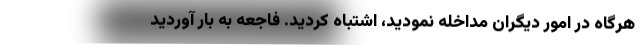
هرگاه در امور دیگران مداخله نمودید، اشتباه کردید. فاجعه به بار آوردید